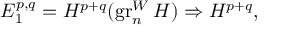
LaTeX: E _ { 1 } ^ { p , q } = H ^ { p + q } ( \operatorname { g r } _ { n } ^ { W } H ) \Rightarrow H ^ { p + q } ,